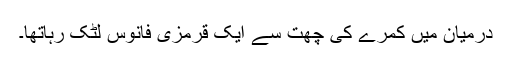
درمیان میں کمرے کی چھت سے ایک قرمزی فانوس لٹک رہاتھا۔